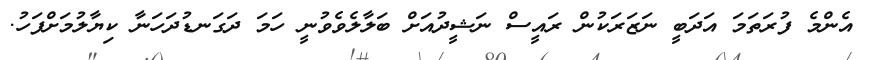
އެންމެ ފުރަތަމަ އަދަބީ ނަޒަރަކުން ރައީސް ނަޝީދުއަށް ބަލާލެވެވުނީ ހަމަ ދަގަނޑުދަހަނާ ކިޔާލުމަށްފަހު.